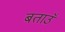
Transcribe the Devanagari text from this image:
बताउँ